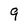
Character: 9